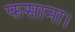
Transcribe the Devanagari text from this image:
फसाना।